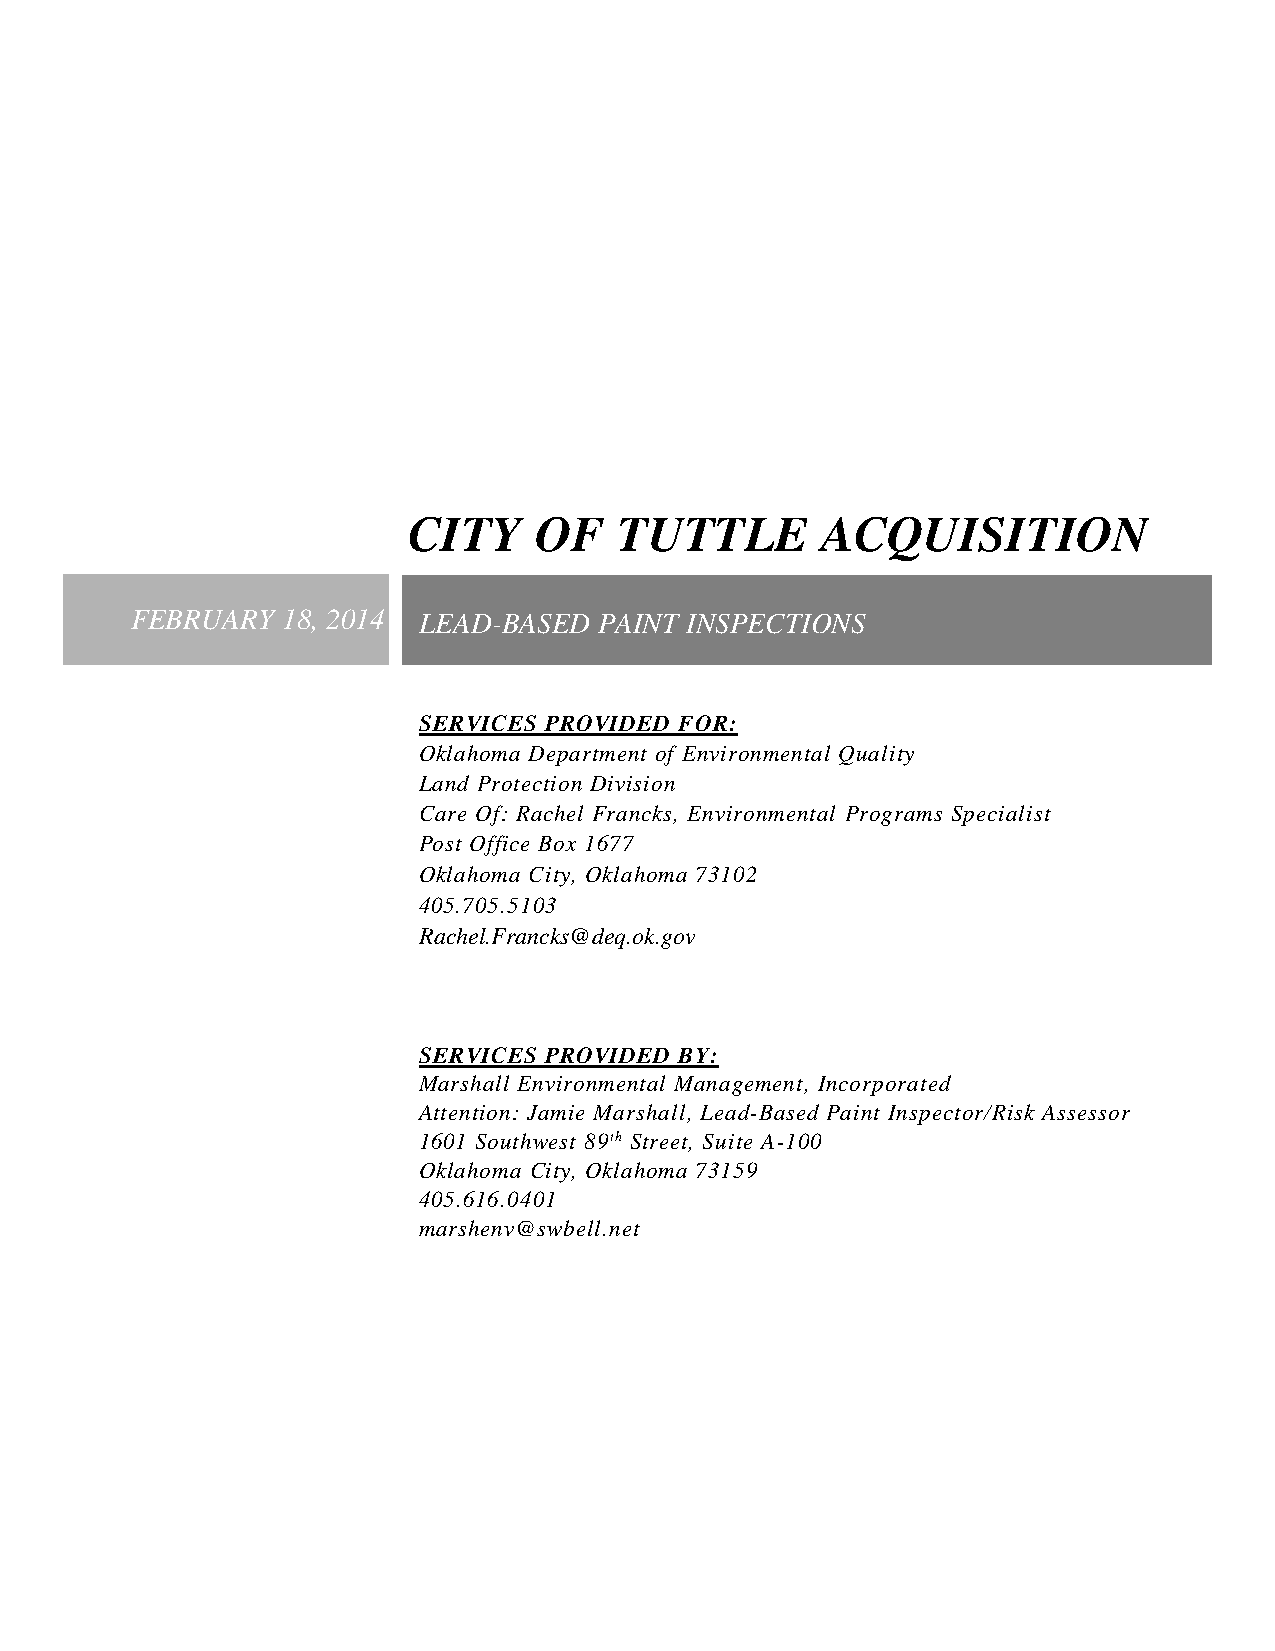
CITY    OF    TUTTLE       ACQUISITION
 FEBRUARY  18, 2014 LEAD-BASED  PAINT INSPECTIONS
 SERVICES PROVIDED FOR:
 Oklahoma Department of Environmental Quality
 Land Protection Division
 Care Of: Rachel Francks, Environmental Programs Specialist
 Post Office Box 1677
 Oklahoma City, Oklahoma 73102
 405.705.5103
 Rachel.Francks@deq.ok.gov
 SERVICES PROVIDED BY:
 Marshall Environmental Management, Incorporated
 Attention: Jamie Marshall, Lead-Based Paint Inspector/Risk Assessor
 1601 Southwest 89th Street, Suite A-100
 Oklahoma City, Oklahoma 73159
 405.616.0401
 marshenv@swbell.net